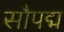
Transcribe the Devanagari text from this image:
सौपद्म